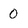
Character: 0